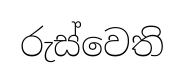
රුස්වෙති